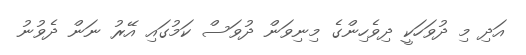
އަދި މި ދުވަހަކީ ދިވެހިންގެ މިނިވަން ދުވަސް ކަމުގައި އޭރު ނަން ދެވުނު